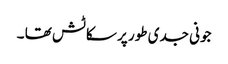
جونی جدی طور پر سکاٹش تھا ۔